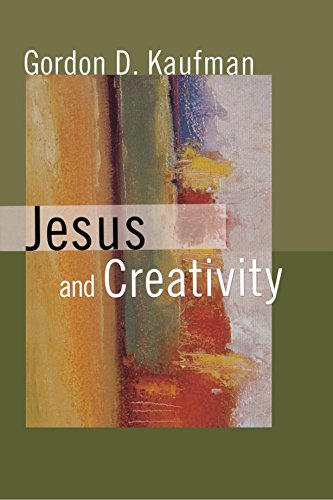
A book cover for Jesus And Creativity; Gordon D. Kaufman; Christian Books & Bibles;